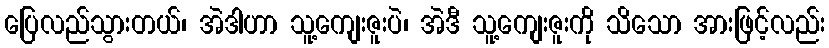
ပြေလည်သွားတယ်၊ အဲဒါဟာ သူ့ကျေးဇူးပဲ၊ အဲဒီ သူ့ကျေးဇူးကို သိသော အားဖြင့်လည်း